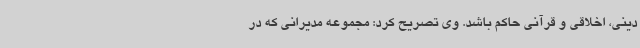
دینی، اخلاقی و قرآنی حاکم باشد. وی تصریح کرد: مجموعه مدیرانی که در